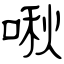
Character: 啾